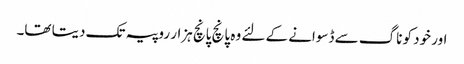
اور خود کو ناگ سے ڈسوانے کے لئے وہ پانچ پانچ ہزار روپیہ تک دیتا تھا۔